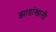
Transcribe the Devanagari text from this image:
झाडांखाली